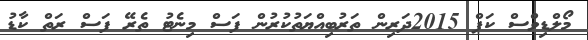
މޯލްޑިވްސް ކަޕް 2015ދަރިން ތަރުބިއްޔަތުކުރުން ފަސް މިނެޓު ތެރޭ ފަސް ރަތް ކާޑު